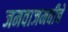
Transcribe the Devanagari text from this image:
जमवाजमवीचे